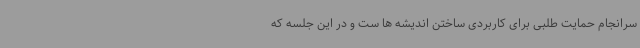
سرانجام حمایت طلبی برای کاربردی ساختن اندیشه ها ست و در این جلسه که